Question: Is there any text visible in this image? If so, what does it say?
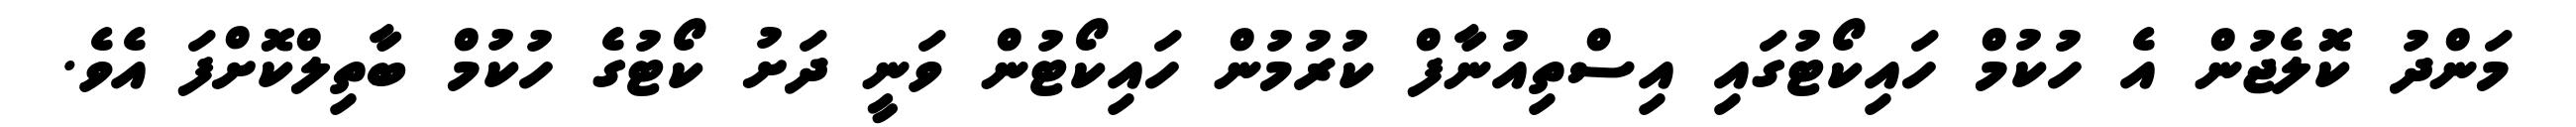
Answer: މަންދު ކޮލެޖުން އެ ހުކުމް ހައިކޯޓުގައި އިސްތިއުނާފް ކުރުމުން ހައިކޯޓުން ވަނީ ދަށު ކޯޓުގެ ހުކުމް ބާތިލްކޮށްފަ އެވެ.